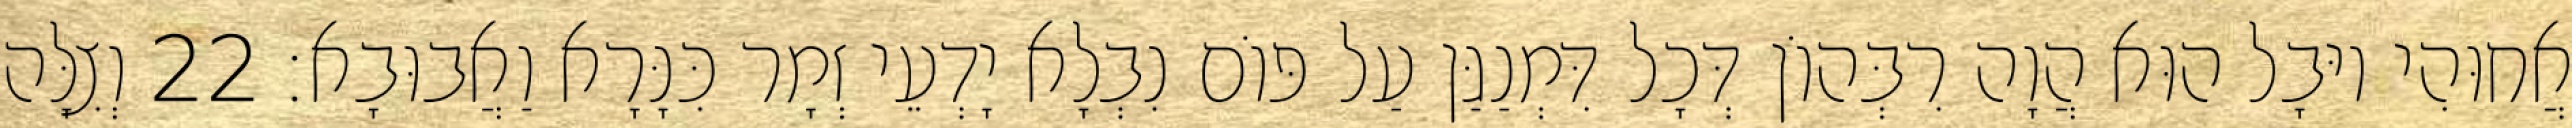
אֲחוּהִי יוּבָל הוּא הֲוָה רִבְּהוֹן דְּכָל דִּמְנַגַּן עַל פּוֹם נִבְלָא יָדְעֵי זְמָר כִּנָּרָא וַאֲבוּבָא׃ 22 וְצִלָּה